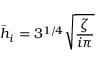
\Bar { h } _ { i } = 3 ^ { 1 / 4 } \sqrt { \frac { \zeta } { i \pi } }